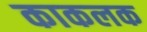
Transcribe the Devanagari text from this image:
काकलक